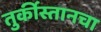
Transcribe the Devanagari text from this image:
तुर्कीस्तानचा